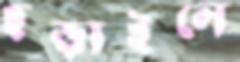
ছড়াইলে